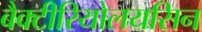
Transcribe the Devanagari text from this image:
बैक्टीरियोलयसिन